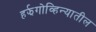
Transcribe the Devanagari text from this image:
हर्झगोव्हिन्यातील